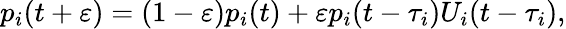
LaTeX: p_{i}(t+\varepsilon)=(1-\varepsilon)p_{i}(t)+\varepsilon p_{i}(t-\tau_{i})U_{i}(t-\tau_{i}),